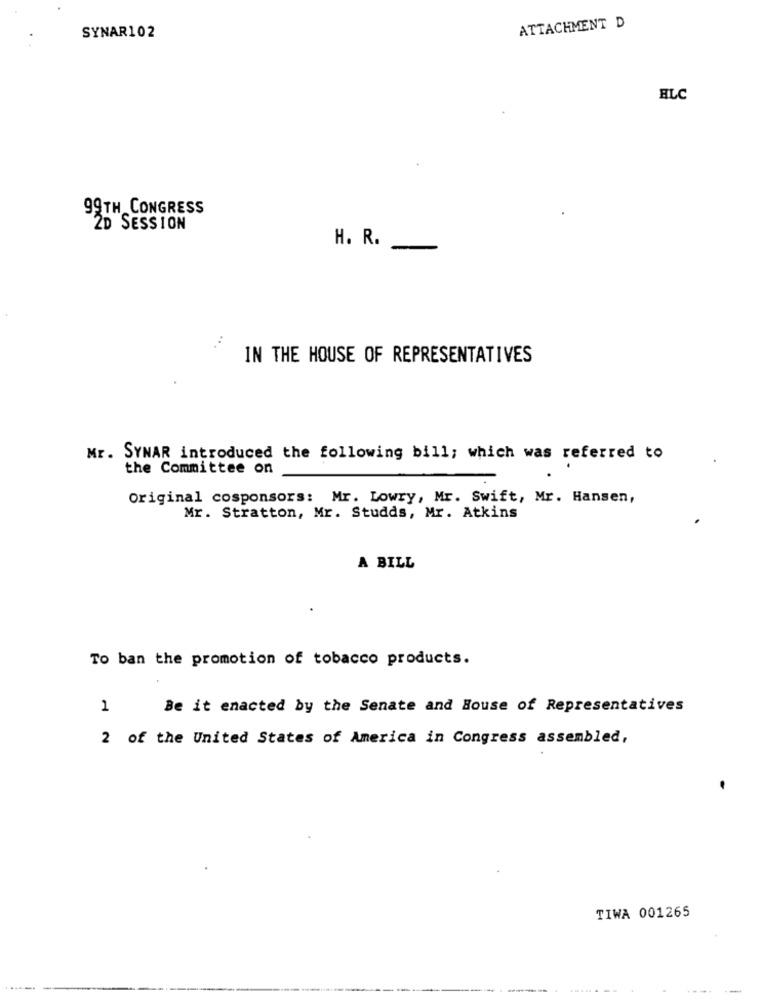
ATTACHMENT D
SYNAR102
HLC
99TH CONGRESS
2D SESSION
H. R.
IN THE HOUSE OF REPRESENTATIVES
Mr. SYNAR introduced the following bill; which was referred to
the Committee on
Original cosponsors: Mr. Lowry, Mr. Swift, Mr. Hansen,
Mr. Stratton, Mr. Studds, Mr. Atkins
A BILL
To ban the promotion of tobacco products.
1
Be it enacted by the Senate and House of Representatives
2 of the United States of America in Congress assembled,
TIWA 001265
-
---.
--